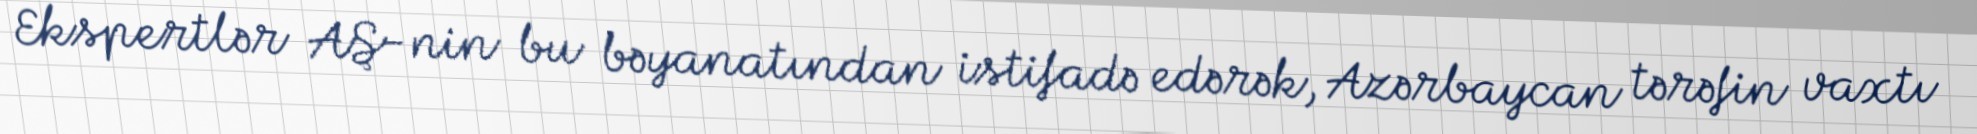
Ekspertlər AŞ-nin bu bəyanatından istifadə edərək, Azərbaycan tərəfin vaxtı